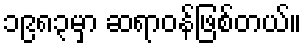
၁၉၈၃မှာ ဆရာဝန်ဖြစ်တယ်။